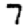
Digit: 7